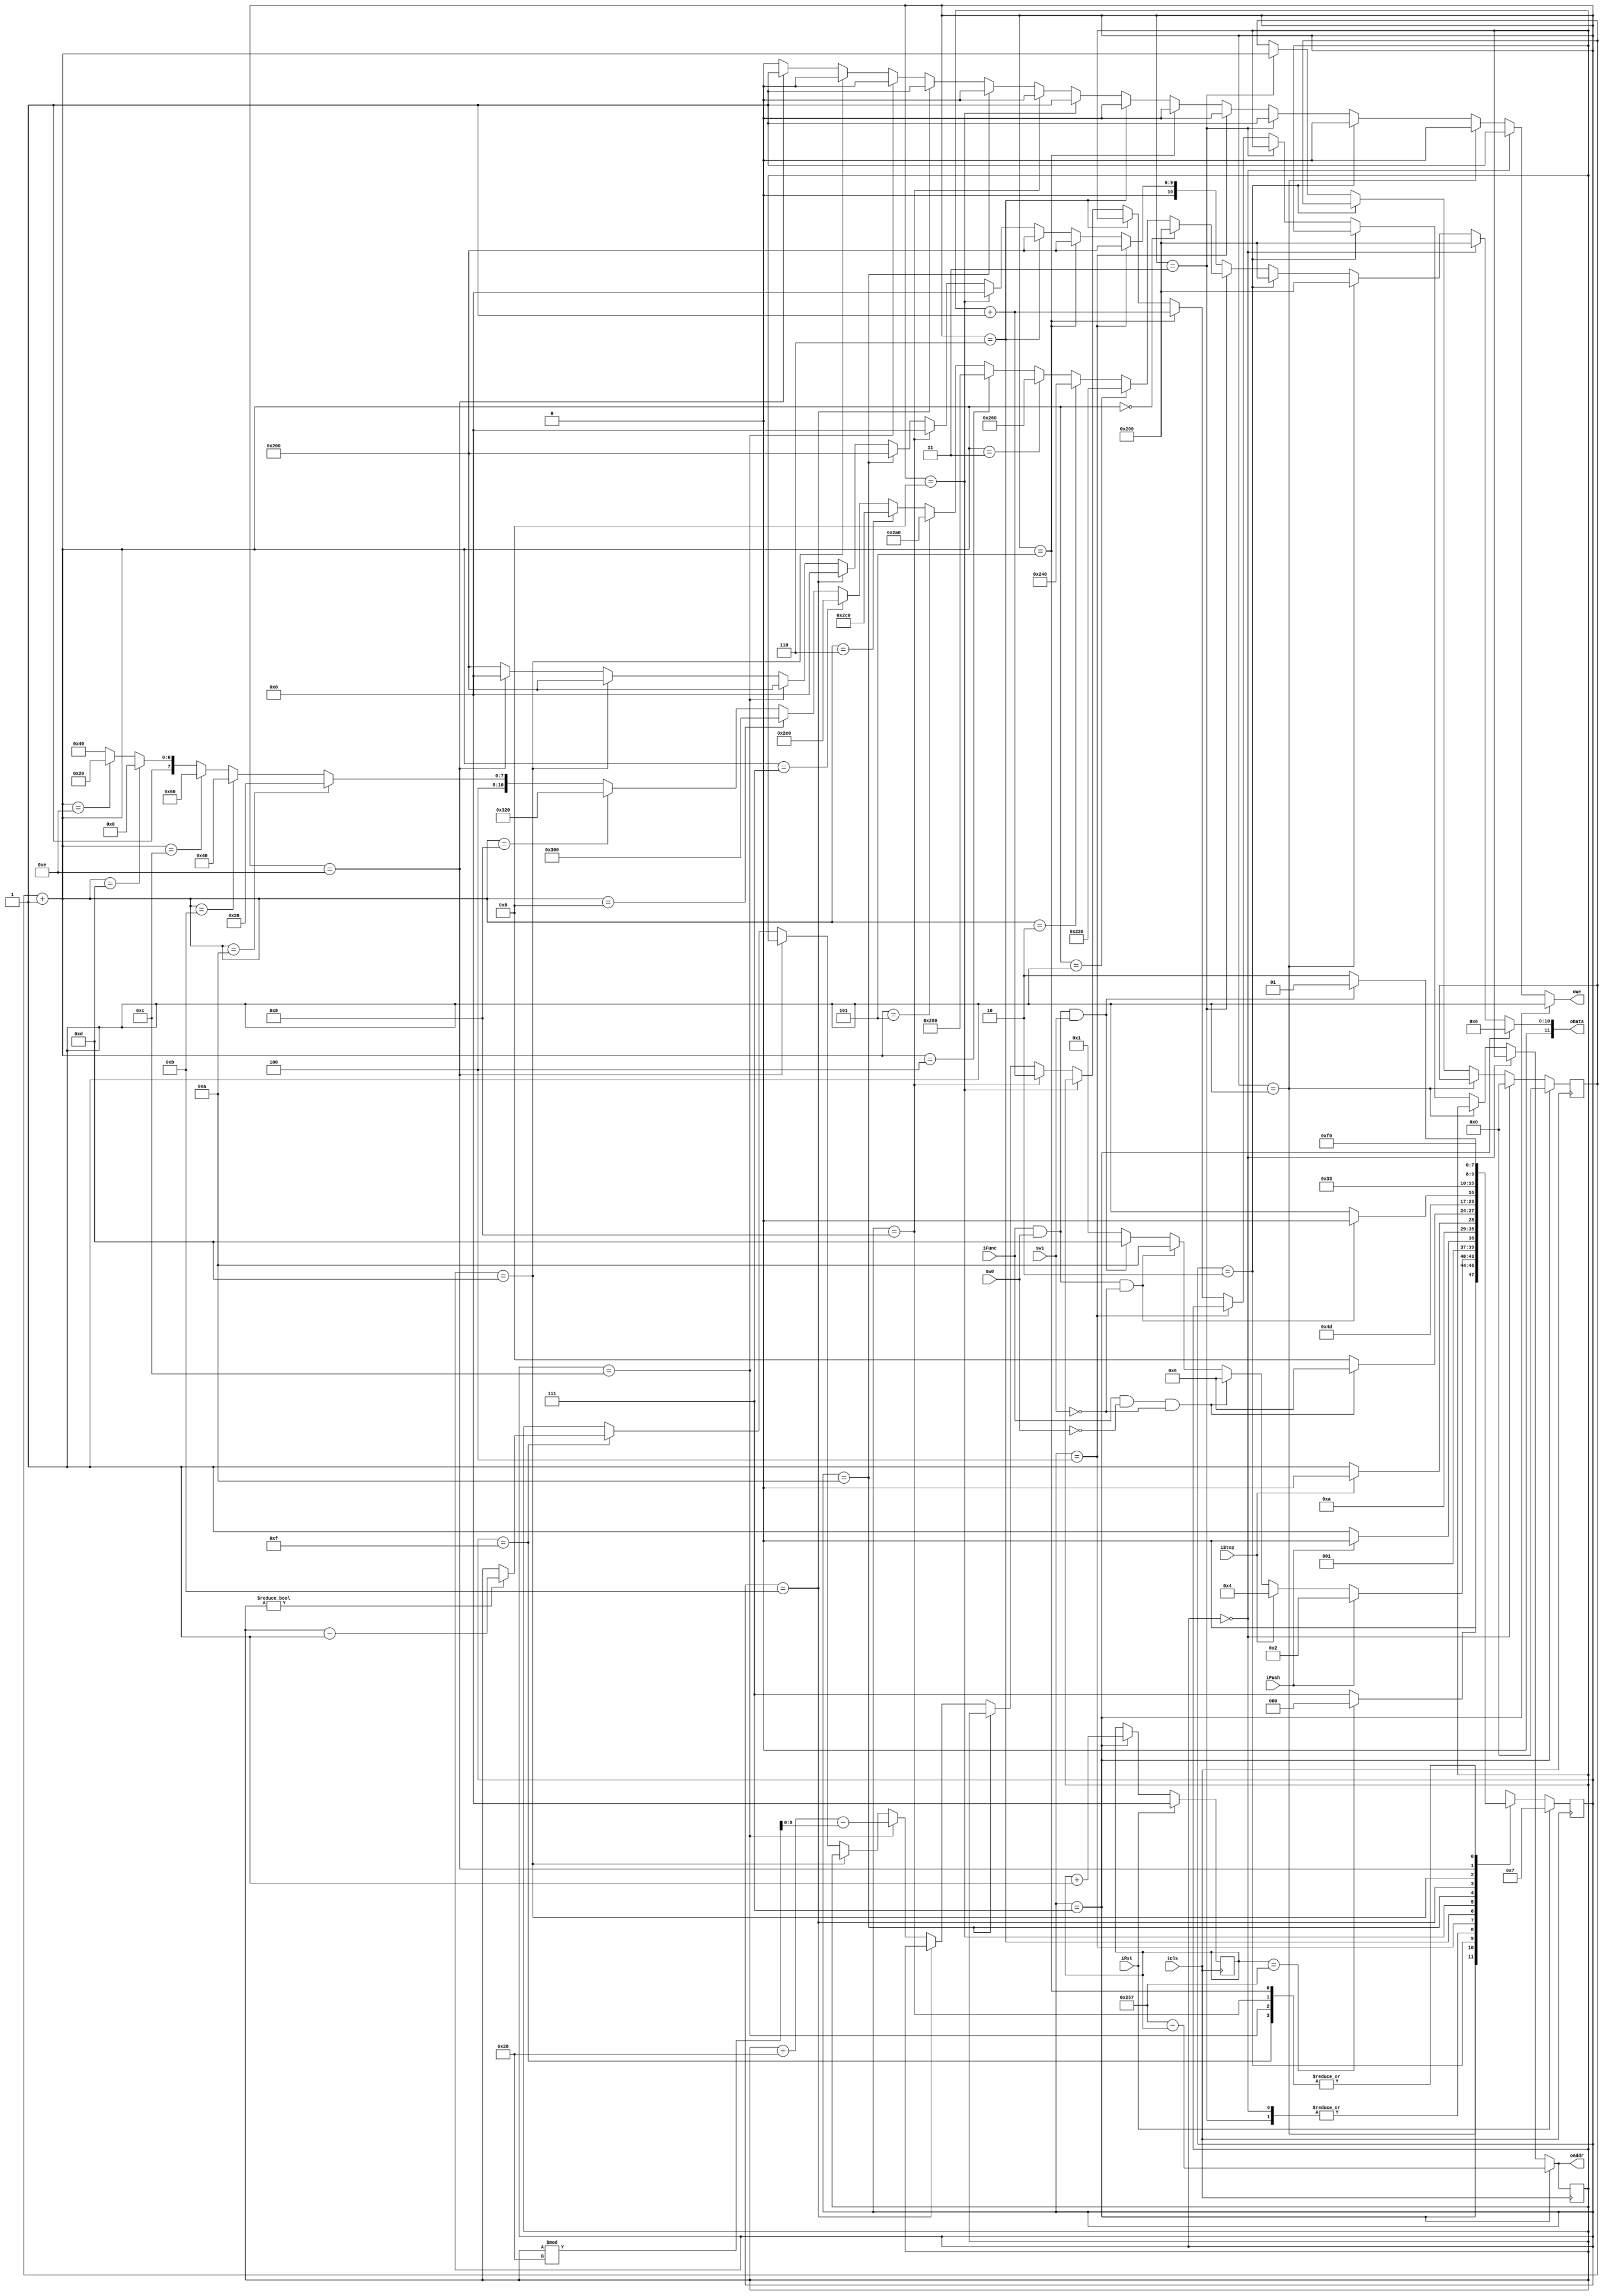
`timescale 1ns / 1ps

module num_capture_4bit (
  input   wire  iClk, iRst, iPush, iStop, iFunc, sw0, sw1,
  output  wire  [9:0] oAddr,
  output  wire  [11:0] oData,
  output  wire  oWe 
    );
    
  // 0. State definition
  localparam sReset   = 4'b0111;     //(7)  |
  localparam sInit    = 4'b0000;     //(0)  |
  localparam sIdle    = 4'b0001;     //(1)  |
  localparam sPush    = 4'b0010;     //(2)  |   Set & Change Decimal
  localparam sCount   = 4'b0011;     //(3)  |
  localparam sStop    = 4'b0100;     //(4)  |
  localparam sNext    = 4'b0101;     //(5)  |
  
  localparam sPreSpace= 4'b0110;     //(6)  |
  localparam sSpace   = 4'b1000;     //(8)  |   Add Space (Extra function)
  localparam sSpace2  = 4'b1001;     //(9)  |
  
  localparam sPreNL   = 4'b1010;     //(10) |
  localparam sNL      = 4'b1011;     //(11) |   Move to New Line (Extra function)
  localparam sNL2     = 4'b1100;     //(12) |
  
  localparam sPreDEL  = 4'b1101;     //(13) |
  localparam sDEL     = 4'b1110;     //(14) |   Delete last decimal (Extra function)
  localparam sDEL2    = 4'b1111;     //(15) |
  
  reg[3:0] rFSM_current, wFSM_next;
  
  reg[9:0]  rReset_current, wReset_next;
  
  // 1. State register
  //  - with synchronous reset
  always @(posedge iClk)
  begin
    if (iRst == 1)
      begin
        rFSM_current <= sReset;
        rReset_current <= 0;
      end
    else
      begin
        rFSM_current <= wFSM_next;
        rReset_current <= wReset_next;
      end
  end
  
  // 2. Next state logic
  //  - only defines the value of wFSM_next
  //  - in function of inputs and rFSM_current
  always @(*)
  begin
    case (rFSM_current)
    
      sReset:   if (rReset_current == 599)
                  wFSM_next <= sInit;
                else
                  wFSM_next <= sReset;
      
      sInit:    wFSM_next <= sIdle;
      
      sIdle:    if (iPush == 1)
                  begin
                    wFSM_next <= sPush;
                  end
                else if (iStop == 1)
                  begin
                      wFSM_next <= sStop;
                  end
                else if ((iFunc == 1) && (sw0 == 0) && (sw1 == 0))
                  begin
                      wFSM_next <= sPreSpace;
                  end
                else if ((iFunc == 1) && (sw0 == 1) && (sw1 == 0))
                  begin
                      wFSM_next <= sPreNL;
                  end
                else if ((iFunc == 1) && (sw0 == 1) && (sw1 == 1))
                  begin
                      wFSM_next <= sPreDEL;
                  end
                else
                  begin
                    wFSM_next <= sIdle;
                  end
                
      sPush:    if (iPush == 1)
                  wFSM_next <= sPush;
                else
                  wFSM_next <= sCount;
                
      sCount:   wFSM_next <= sIdle;
      
      sStop:    if (iStop == 1)
                  wFSM_next <= sStop;
                else
                  wFSM_next <= sNext;
      
      sNext:    wFSM_next <= sInit;
      
      sPreSpace:if ((iFunc == 1) && (sw0 == 0) && (sw1 == 0))
                  wFSM_next <= sPreSpace;
                else
                  wFSM_next <= sSpace;
      
      sSpace:   wFSM_next <= sSpace2;
      
      sSpace2:  wFSM_next <= sInit;
      
      sPreNL:   if ((iFunc == 1) && (sw0 == 1) && (sw1 == 0))
                  wFSM_next <= sPreNL;
                else
                  wFSM_next <= sNL;
      
      sNL:      wFSM_next <= sNL2;
      
      sNL2:     wFSM_next <= sInit;
      
      sPreDEL:  if ((iFunc == 1) && (sw0 == 1) && (sw1 == 1))
                  wFSM_next <= sPreDEL;
                else
                  wFSM_next <= sDEL;
      
      sDEL:      wFSM_next <= sDEL2;
      
      sDEL2:     wFSM_next <= sInit;
      
      
      
      default:  wFSM_next <= sInit;
    endcase
  end
  
  // 3. Output logic
  // In this case, we need a register to keep track of the toggling
  
  // 3.1 Define the register
  //reg  rToggle_current, wToggle_next;
  reg[3:0] rCount_current, wCount_next;
  reg r_oWe;
  reg[11:0] r_oData;
  
  reg[9:0] rAddr_current, wAddr_next;
  
  always @(posedge iClk)
  begin
    rCount_current <= wCount_next;
    rAddr_current <= wAddr_next;
  end
  
  // 3.2 Define the value of wToggle_next
  //  - in function of rFSM_current
  //    * when sInit, we reset the register
  //    * when sToggle, we toggle the register
  //    * when others, we keep the value in the register
  always @(*)
  begin
    if (rFSM_current == sReset)
      begin
        wCount_next = 4'b0000;
        wAddr_next = 599- rReset_current;
        wReset_next = rReset_current + 1;
        r_oWe = 1;
        r_oData = 0;
      end
      
    else if (rFSM_current == sInit)
      begin
        wCount_next = 4'b0000;
        wAddr_next = rAddr_current;
        wReset_next = rReset_current;
        r_oWe = 1;
        r_oData = 512;
      end
      
    else if (rFSM_current == sIdle)
      begin
        wCount_next = rCount_current;
        wAddr_next = rAddr_current;
        wReset_next = rReset_current;
        r_oWe = 0;
        r_oData = 512;
      end
      
    else if (rFSM_current == sPush)
      begin
        wCount_next = rCount_current;
        wAddr_next = rAddr_current;
        wReset_next = rReset_current;
        r_oWe = 0;
        r_oData = 512;
      end
      
    else if (rFSM_current == sCount)
      begin
        wCount_next = rCount_current+1;
        wAddr_next = rAddr_current;
        wReset_next = rReset_current;
        
        if(wCount_next == 4'b000)
            r_oData = 512;
        else if(wCount_next == 4'b0001)
            r_oData = 512+32*1;
        else if(wCount_next == 4'b0010)
            r_oData = 512+32*2;
        else if(wCount_next == 4'b0011)
            r_oData = 512+32*3;
        else if(wCount_next == 4'b0100)
            r_oData = 512+32*4;
        else if(wCount_next == 4'b0101)
            r_oData = 512+32*5;
        else if(wCount_next == 4'b0110)
            r_oData = 512+32*6;
        else if(wCount_next == 4'b0111)
            r_oData = 512+32*7;
        else if(wCount_next == 4'b1000)
            r_oData = 512+32*8;
        else if(wCount_next == 4'b1001)
            r_oData = 512+32*9;
        else if(wCount_next == 4'b1010)
            r_oData = 1056;
        else if(wCount_next == 4'b1011)
            r_oData = 1056+32*1;
        else if(wCount_next == 4'b1100)
            r_oData = 1056+32*2;
        else if(wCount_next == 4'b1101)
            r_oData = 1056+32*3;
        else if(wCount_next == 4'b1110)
            r_oData = 1056+32*4;
        else
            r_oData = 1056+32*5;
        r_oWe = 1;
      end

    else if (rFSM_current == sStop)
      begin
        wCount_next = rCount_current;
        wAddr_next = rAddr_current;
        wReset_next = rReset_current;
        r_oWe = 0;
        r_oData = 512;
      end

    else if (rFSM_current == sNext)
      begin
        wCount_next = rCount_current;
        wAddr_next = rAddr_current+1;
        wReset_next = rReset_current;
        r_oWe = 0;
        r_oData = 512;
      end
      
    else if (rFSM_current == sPreSpace)
      begin
        wCount_next = rCount_current;
        wAddr_next = rAddr_current;
        wReset_next = rReset_current;
        r_oWe = 0;
        r_oData = 512;
      end
      
    else if (rFSM_current == sSpace)
      begin
        wCount_next = rCount_current;
        wAddr_next = rAddr_current;
        wReset_next = rReset_current;
        r_oWe = 1;
        r_oData = 0;
      end
      
    else if (rFSM_current == sSpace2)
      begin
        wCount_next = rCount_current;
        wAddr_next = rAddr_current+1;
        wReset_next = rReset_current;
        r_oWe = 0;
        r_oData = 0;
      end
      
    else if (rFSM_current == sPreNL)
      begin
        wCount_next = rCount_current;
        wAddr_next = rAddr_current;
        wReset_next = rReset_current;
        r_oWe = 0;
        r_oData = 512;
      end
    
    else if (rFSM_current == sNL)
      begin
        wCount_next = rCount_current;
        wAddr_next = rAddr_current;
        wReset_next = rReset_current;
        r_oWe = 1;
        r_oData = 0;
      end
      
    else if (rFSM_current == sNL2)
      begin
        wCount_next = rCount_current;
        wAddr_next = rAddr_current + 40 - rAddr_current%40;
        wReset_next = rReset_current;
        r_oWe = 0;
        r_oData = 512;
      end
      
    else if (rFSM_current == sPreDEL)
      begin
        wCount_next = rCount_current;
        wAddr_next = rAddr_current;
        wReset_next = rReset_current;
        r_oWe = 0;
        r_oData = 512;
      end
    
    else if (rFSM_current == sDEL)
      begin
        wCount_next = rCount_current;
        wAddr_next = rAddr_current;
        wReset_next = rReset_current;
        r_oWe = 1;
        r_oData = 0;
      end
      
    else if (rFSM_current == sDEL2)
      begin
        wCount_next = rCount_current;
        if (rAddr_current != 0)
          begin
            wAddr_next = rAddr_current-1;
          end
        else
          begin
            wAddr_next = rAddr_current;
          end 
        wReset_next = rReset_current;
        r_oWe = 0;
        r_oData = 512;
      end
      
    else
      begin
        wCount_next = rCount_current;
        wAddr_next = rAddr_current;
        wReset_next = rReset_current;
        r_oWe = 0;
        r_oData = 512;
      end
  end
  
  // the oLED connects to the toggle register
  assign oAddr[9:0] = wAddr_next[9:0];
  assign oData[11:0] = r_oData[11:0];
  assign oWe = r_oWe;
  
endmodule